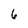
Character: 6